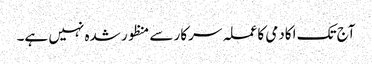
آج تک اکادمی کا عملہ سرکار سے منظور شدہ نہیں ہے۔